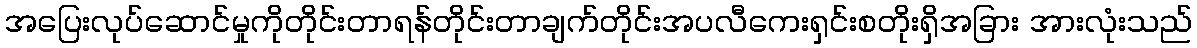
အပြေးလုပ်ဆောင်မှုကိုတိုင်းတာရန်တိုင်းတာချက်တိုင်းအပလီကေးရှင်းစတိုးရှိအခြား အားလုံးသည်